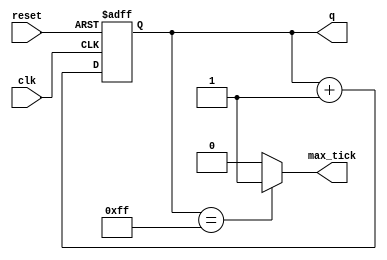
// Listing 7.8
module bin_counter_terse
   #(parameter N=8)
   (
    input wire clk, reset,
    output wire max_tick,
    output reg [N-1:0] q
   );

   // body
   always @(posedge clk, posedge reset)
      if (reset)
         q <= 0;
      else
         q <= q + 1;
  // output logic
   assign max_tick = (q==2**N-1) ? 1'b1 : 1'b0;

endmodule